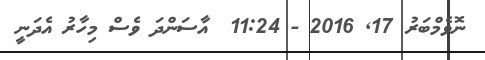
ނޮވެމްބަރު 17